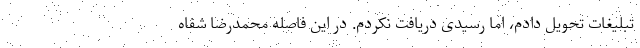
تبلیغات تحویل دادم، اما رسیدی دریافت نکردم. در این فاصله محمدرضا شفاه